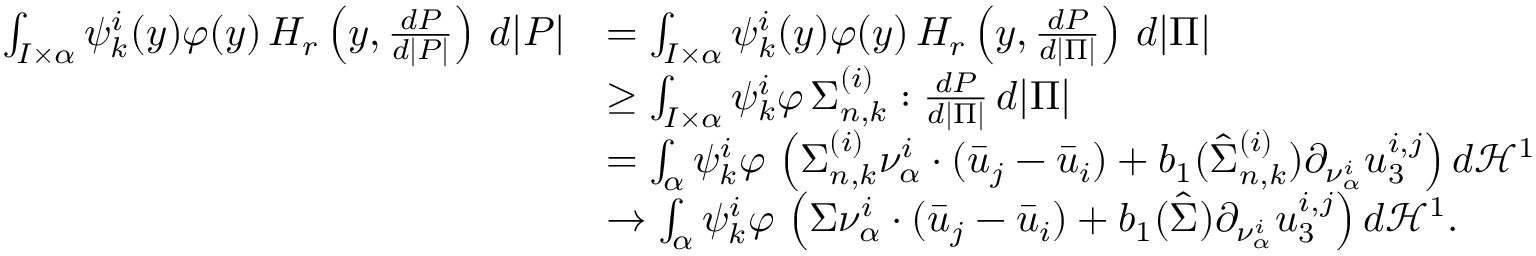
\begin{array} { r l } { \int _ { I \times \alpha } \psi _ { k } ^ { i } ( y ) \varphi ( y ) \, H _ { r } \left( y , \frac { d P } { d | P | } \right) \, d | P | } & { = \int _ { I \times \alpha } \psi _ { k } ^ { i } ( y ) \varphi ( y ) \, H _ { r } \left( y , \frac { d P } { d | \Pi | } \right) \, d | \Pi | } \\ & { \geq \int _ { I \times \alpha } \psi _ { k } ^ { i } \varphi \, \Sigma _ { n , k } ^ { ( i ) } : \frac { d P } { d | \Pi | } \, d | \Pi | } \\ & { = \int _ { \alpha } \psi _ { k } ^ { i } \varphi \, \left( \Sigma _ { n , k } ^ { ( i ) } \nu _ { \alpha } ^ { i } \cdot ( \bar { u } _ { j } - \bar { u } _ { i } ) + b _ { 1 } ( \hat { \Sigma } _ { n , k } ^ { ( i ) } ) \partial _ { \nu _ { \alpha } ^ { i } } u _ { 3 } ^ { i , j } \right) d \mathcal { H } ^ { 1 } } \\ & { \to \int _ { \alpha } \psi _ { k } ^ { i } \varphi \, \left( \Sigma \nu _ { \alpha } ^ { i } \cdot ( \bar { u } _ { j } - \bar { u } _ { i } ) + b _ { 1 } ( \hat { \Sigma } ) \partial _ { \nu _ { \alpha } ^ { i } } u _ { 3 } ^ { i , j } \right) d \mathcal { H } ^ { 1 } . } \end{array}